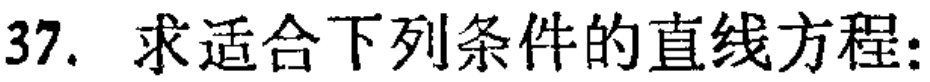
37. 求适合下列条件的直线方程: